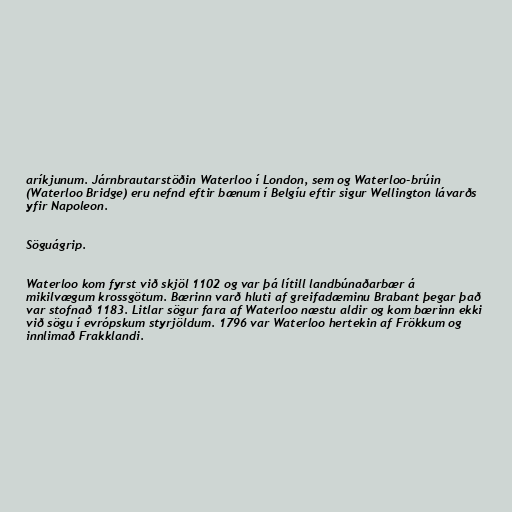
aríkjunum. Járnbrautarstöðin Waterloo í London, sem og Waterloo-brúin
(Waterloo Bridge) eru nefnd eftir bænum í Belgíu eftir sigur Wellington lávarðs
yfir Napoleon.

Söguágrip.

Waterloo kom fyrst við skjöl 1102 og var þá lítill landbúnaðarbær á
mikilvægum krossgötum. Bærinn varð hluti af greifadæminu Brabant þegar það
var stofnað 1183. Litlar sögur fara af Waterloo næstu aldir og kom bærinn ekki
við sögu í evrópskum styrjöldum. 1796 var Waterloo hertekin af Frökkum og
innlimað Frakklandi.